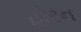
હોટન